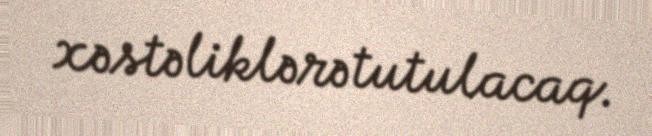
xəstəliklərə tutulacaq.